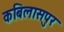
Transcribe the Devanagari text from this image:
कबिलासपुर